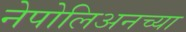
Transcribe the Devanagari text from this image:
नेपोलिअनच्या